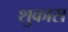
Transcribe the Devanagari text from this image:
शुकास